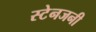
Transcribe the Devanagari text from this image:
स्टेनजनी